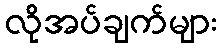
လိုအပ်ချက်များ